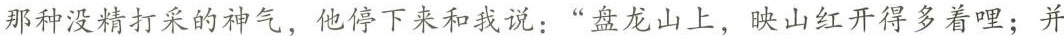
那种没精打采的神气，他停下来和我说：“盘龙山上，映山红开得多着哩；并